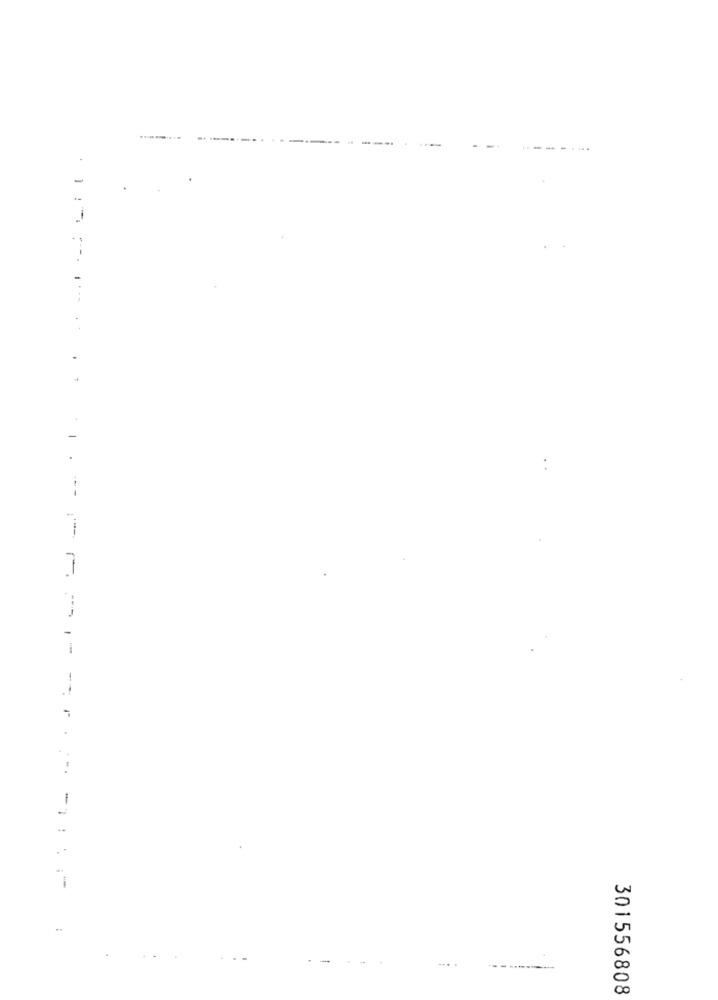
............ ......
1
-
i
--
!
..
301556808